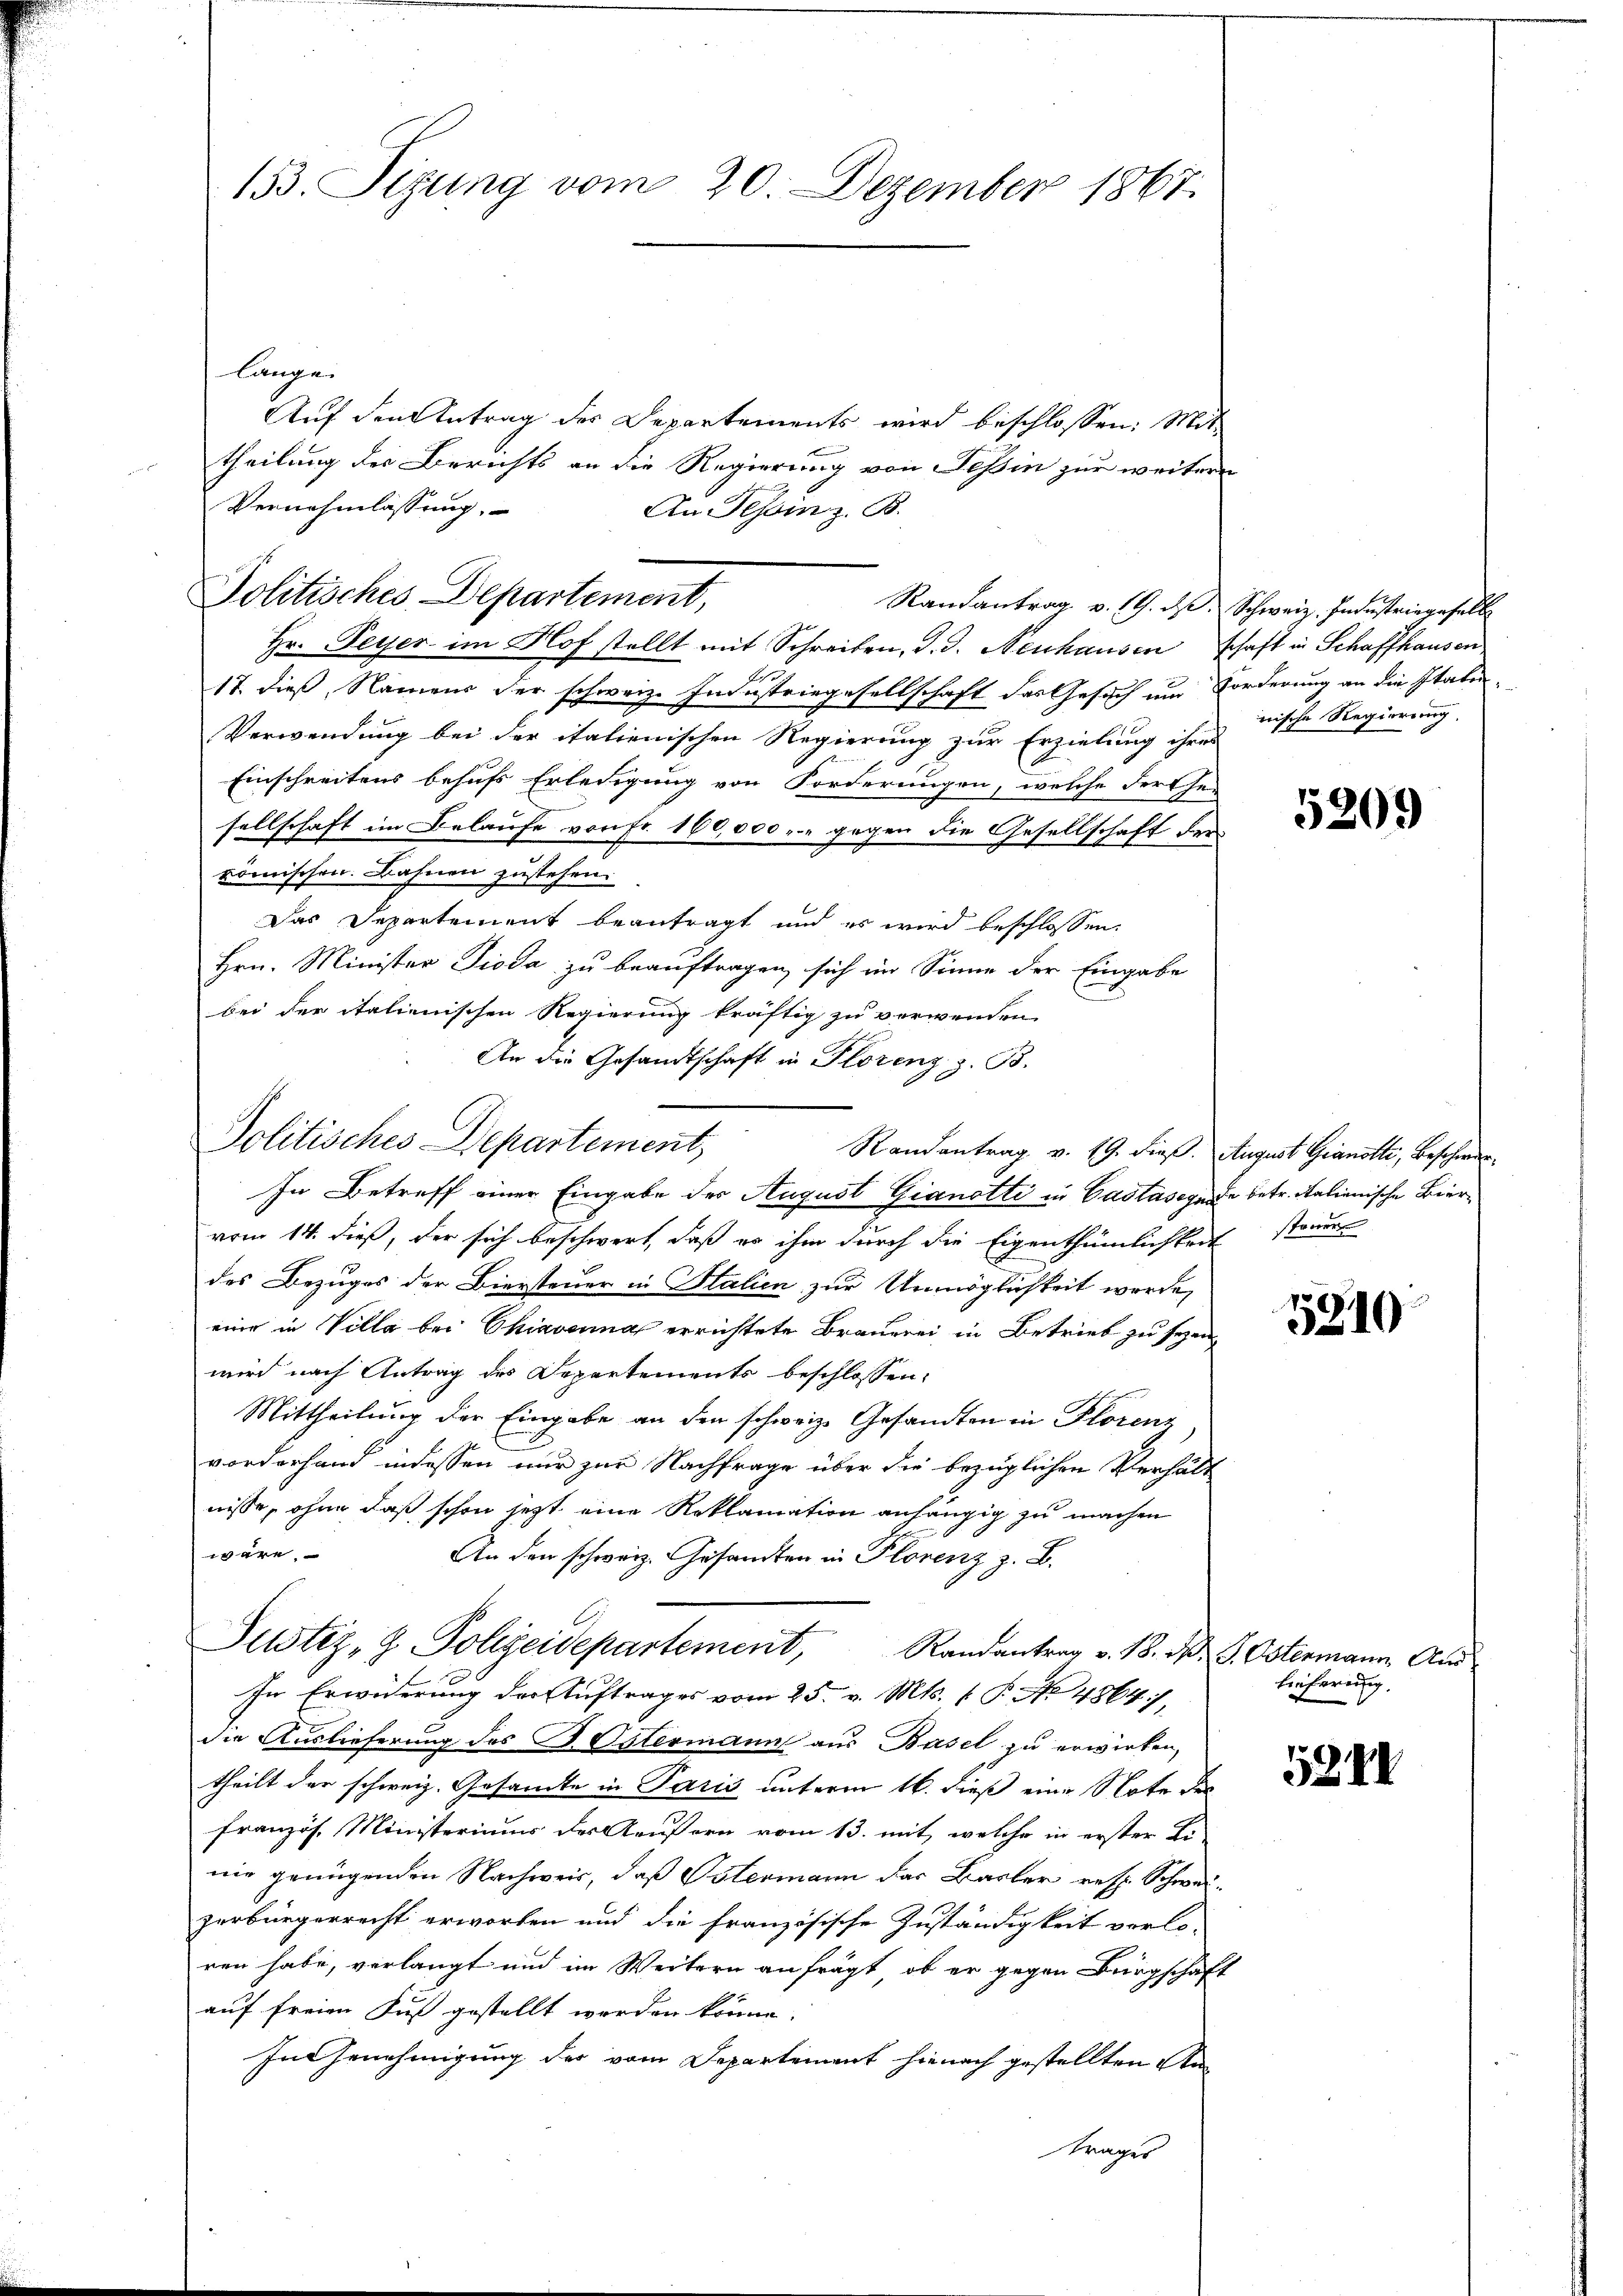
153. Sizung vom 20. Dezember 1867.

lange
Auf den Antrag des Departements wird beschlossen: Mit
theilung des Berichts an die Regierung von Tessin zur weitere
Vernehmlassung,
An Tessinz. B.

Politisches Departement,

Politisches Departement,
Randantrag v. 19. dieß. August Granotti, Beschwer¬

Justiz- & Polizeidepartement,

Randantrag v. 19. d. Schweiz. Industriegeselb
Hr. Peyer im Hof stellt mit Schreiben, d. J. Neuhausen schaft in Schaffhausen
17. dieß, Namens der schweiz. Industriegesellschaft das Gesuch um Forderung an die Italin¬
Verwendung bei der italienischen Regierung zur Erzielung ihres
Einschreitens behufs Erledigung von Forderungen, welche Ferthei
sellschaft im Belaufe von Fr. 160,000.- gegen die Gesellschaft der
römischen. Bahnen zustehen.
Das Departement beantragt und es wird beschlossen:
Hrn. Minister Pioda zu beauftragen, sich im Sinne der Eingabe
bei der italienischen Regierung kräftig zu verwenden.
An die Gesandtschaft in Florenz z. B.

In Betreff einer Eingabe der August Gianotti in Castasegende betr. Kalienische Biervom 14. dieß, der sich beschwert, daß es ihm durch die Eigenthümlichkeit stand
des Bezuges der Biersteuer in Stalien zur Unmöglichkeit werde,
eine in Villa bei Chiavanna errichtete Brauerei in Betrieb zu seyen,
wird nach Antrag des Departements beschlossen:
Mittheilung der Eingabe an den schweiz. Gesandten in Florenz
vorderhand indessen nur zur Nachfrage über die bezüglichen Verhält
nisse, ohne daß schon jetzt eine Reklamation anhängig zu machen
were
An den schweiz. Gesandten in Florenz z. B.
Randantrag v. 18. d. G. Ostenmann, Aus
In Erwiderung der Auftrages vom 25. v. Mts. (T. No 4864),
die Auslieferung des B. Ostermann aus Basel zu erwirken,
theilt der schweiz. Gesamte in Paris unterm 16. dieß eine Note des
Französ. Ministeriums des Aeußern vom 13. mit, welche in erster Li-
nie genügenden Nachweis, daß Ostermann das Basler resp. Schwei-
zerbürgerrecht erworben und die französische Zuständigkeit verlo-
ren habe, verlangt und im Weitern anfrägt, ob er gegen Bürgschaft
auf freien Fuß gestellt werden könne.
In Genehmigung der vom Departement hienach gestellten Antrages

nische Regierung

5209

5810

Lieferung.

5248